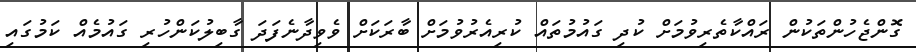
ގޮންޖެހުންތަކުން ރައްކާތެރިވުމަށް ކުދި ގައުމުތައް ކުރިއެރުވުމަށް ބާރަކަށް ވެވިދާނެފަދަ ގާބިލުކަންހުރި ގައުމެއް ކަމުގައި